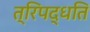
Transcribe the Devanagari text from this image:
त्रिपद्धति